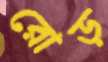
রোড়